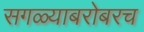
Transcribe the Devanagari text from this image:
सगळ्याबरोबरच